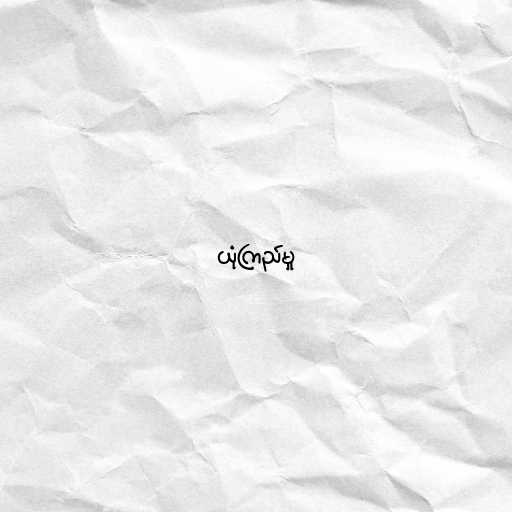
ယုံကြည်မှု